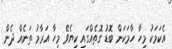
އެކަމަކު މިހާ ހާމަކަން ބޮޑު ގޮތެއްގައި ކިޔެވޭ މިހާ އަރާމު ތަނެއް ދެން